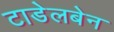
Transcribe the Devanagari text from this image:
टाडेलबेन